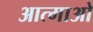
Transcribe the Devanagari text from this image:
आत्माओ